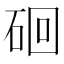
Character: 硘